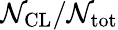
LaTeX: \mathcal{N}_{\mathrm{{CL}}}/\mathcal{N}_{\mathrm{{tot}}}